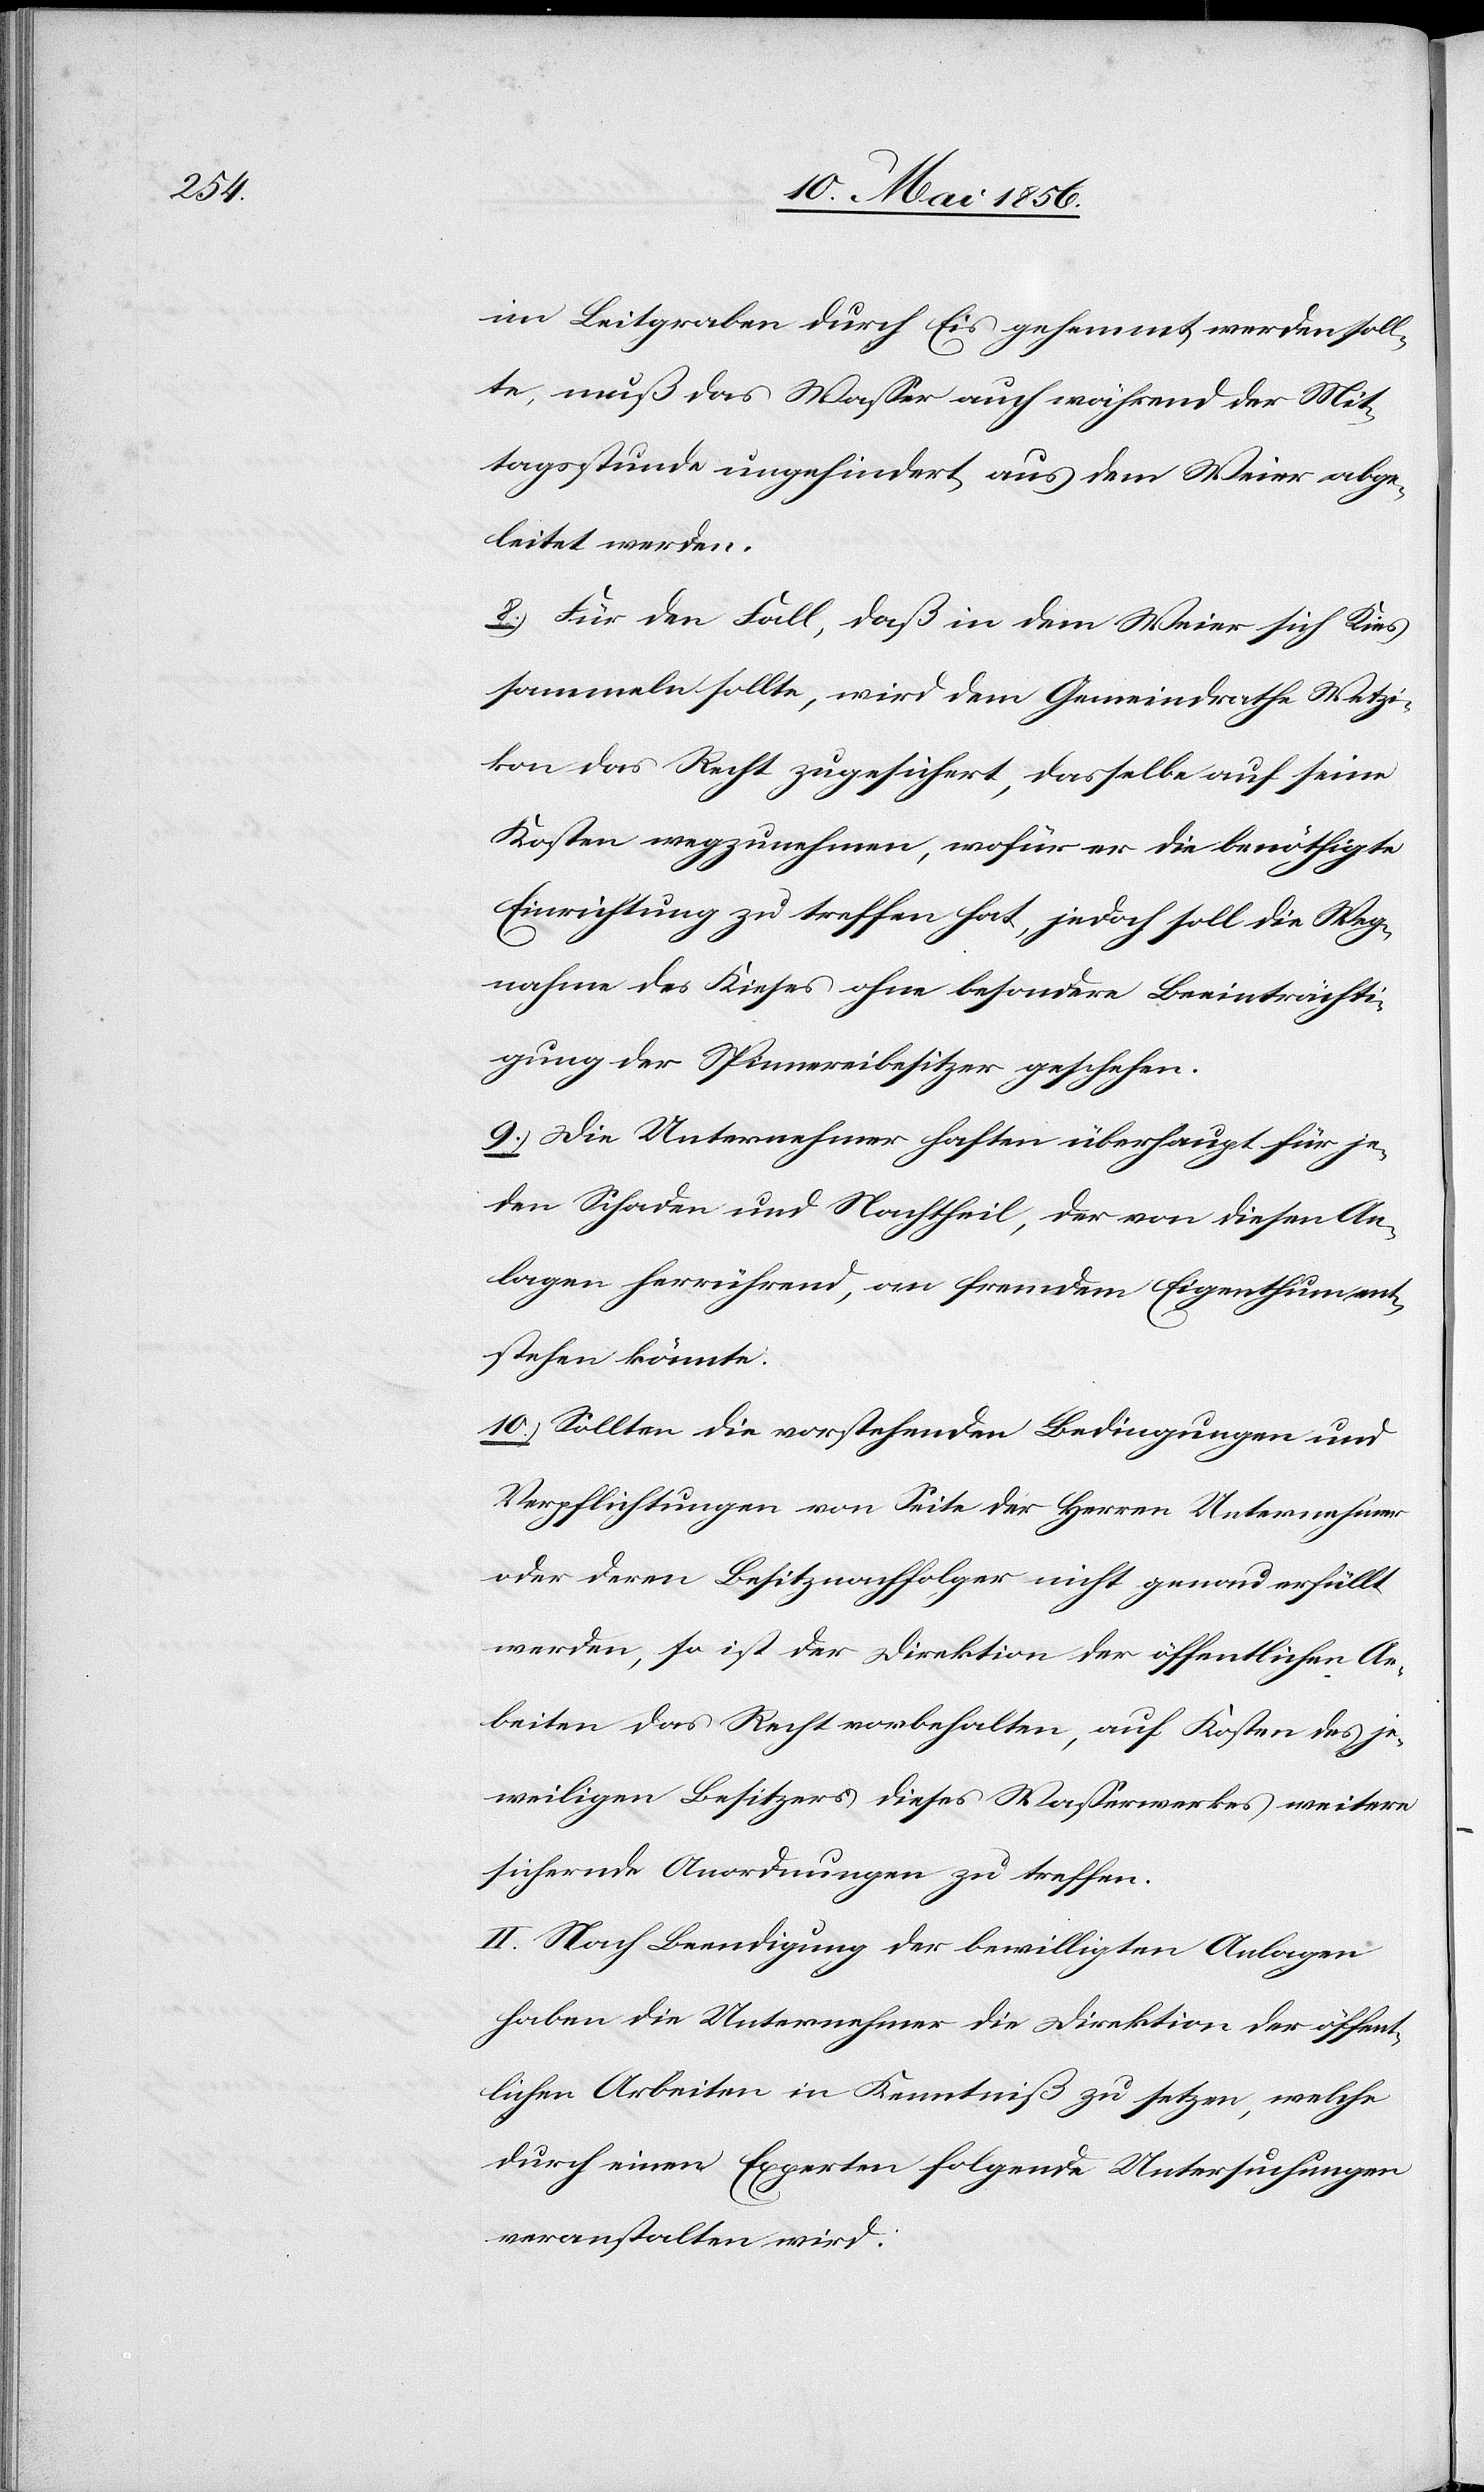
im Leitgraben durch Eis gehemmt werden soll¬
te, muß das Wasser auch während der Mit¬
tagsstunde ungehindert aus dem Weier abge¬
leitet werden.
8. Für den Fall, daß in dem Weier sich Kies
sammeln sollte, wird dem Gemeindrathe Wetzi¬
kon das Recht zugesichert, dasselbe auf seine
Kosten wegzunehmen, wofür er die benöthigte
Einrichtung zu treffen hat, jedoch soll die Weg¬
nahme des Kieses ohne besondere Beeinträchti¬
gung der Spinnereibesitzer geschehen.
9. Die Unternehmer haften überhaupt für je¬
den Schaden und Nachtheil, der von diesen An¬
lagen herrührend, an fremdem Eigenthum ent¬
stehen könnte.
10. Sollten die vorstehenden Bedingungen und
Verpflichtungen von Seite der Herren Unternehmer
oder deren Besitznachfolger nicht genau erfüllt
werden, so ist der Direktion der öffentlichen Ar¬
beiten das Recht vorbehalten, auf Kosten des je¬
weiligen Besitzers dieses Wasserwerkes weitere
sichernde Anordnungen zu treffen.
II. Nach Beendigung der bewilligten Anlagen
haben die Unternehmer die Direktion der öffent¬
lichen Arbeiten in Kenntniß zu setzen, welche
durch einen Experten folgende Untersuchungen
veranstalten wird: